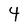
Character: 4